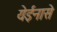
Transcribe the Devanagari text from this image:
येईनासे